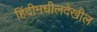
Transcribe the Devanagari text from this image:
हिंदीमधीलदेखील